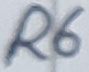
Text: R6